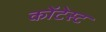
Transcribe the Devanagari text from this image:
कोंटेस्ट